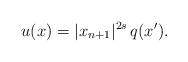
LaTeX: \begin{align*}u(x)=|x_{n+1}|^{2s}\,q(x').\end{align*}